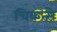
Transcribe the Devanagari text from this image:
चिकत्से